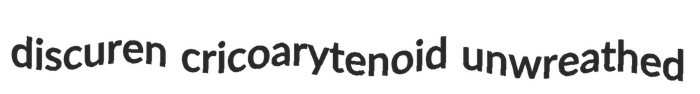
discuren cricoarytenoid unwreathed